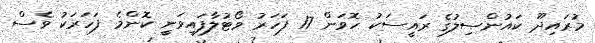
މުރައިދޫ ކައުންސިލުގެ ރައީސަކު ހޮވަން 17 ފަހަރު ވޯޓުލާފައިވަނީ ކޮންމެ ފަހަރަކު ވެސް